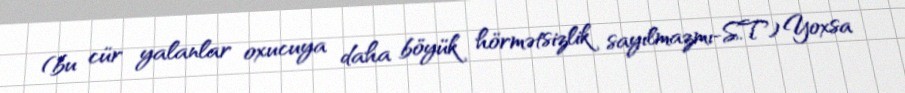
(bu cür yalanlar oxucuya daha böyük hörmətsizlik sayılmazmı-S.T) Yoxsa